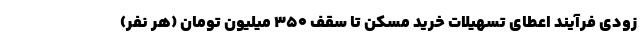
زودی فرآیند اعطای تسهیلات خرید مسکن تا سقف ۳۵۰ میلیون تومان (هر نفر)